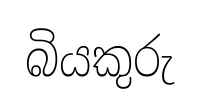
බියකුරු